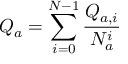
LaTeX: Q _ { a } = \sum _ { i = 0 } ^ { N - 1 } \frac { Q _ { a , i } } { N _ { a } ^ { i } }